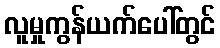
လူမှုကွန်ယက်ပေါ်တွင်